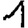
Digit: 1